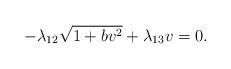
LaTeX: \begin{align*} -\lambda _{12}\sqrt{1+bv^{2}}+\lambda _{13}v = 0.\end{align*}